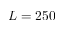
L = 2 5 0